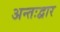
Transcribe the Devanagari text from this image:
अन्तःद्वार